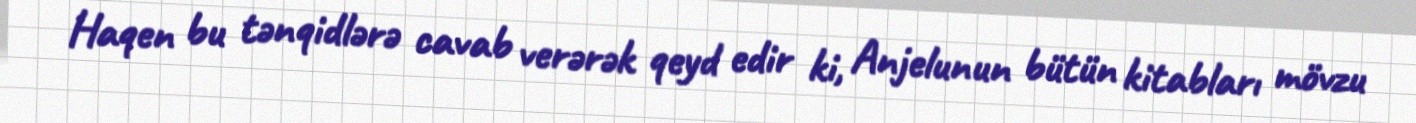
Haqen bu tənqidlərə cavab verərək qeyd edir ki, Anjelunun bütün kitabları mövzu